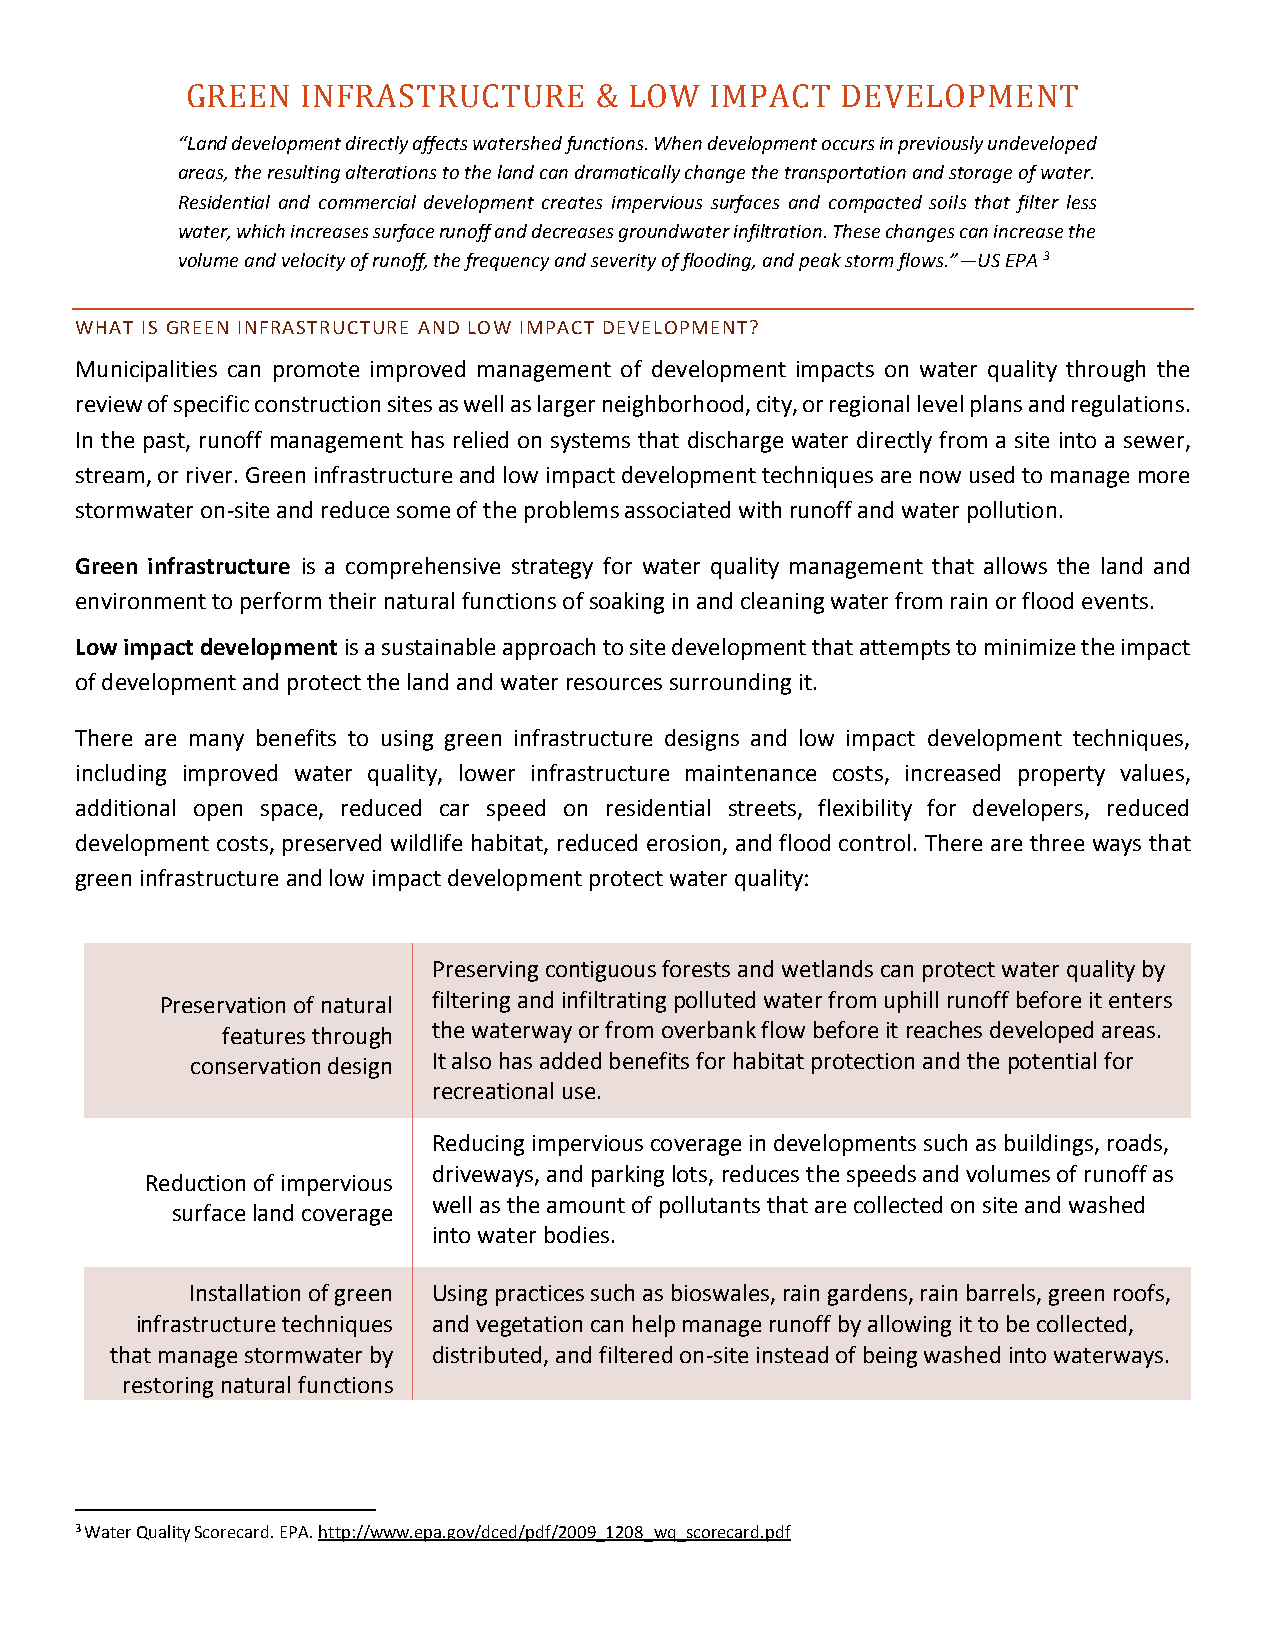
GREEN   INFRASTRUCTURE     &  LOW  IMPACT   DEVELOPMENT
 “Land development directly affects watershed functions. When development occurs in previously undeveloped
 areas, the resulting alterations to the land can dramatically change the transportation and storage of water.
 Residential and commercial development creates impervious surfaces and compacted soils that filter less
 water, which increases surface runoff and decreases groundwater infiltration. These changes can increase the
 volume and velocity of runoff, the frequency and severity of flooding, and peak storm flows.”—US EPA 3
 WHAT IS GREEN INFRASTRUCTURE AND LOW IMPACT DEVELOPMENT?
 Municipalities can promote improved management of development impacts on water quality through the
 review of specific construction sites as well as larger neighborhood, city, or regional level plans and regulations.
 In the past, runoff management has relied on systems that discharge water directly from a site into a sewer,
 stream, or river. Green infrastructure and low impact development techniques are now used to manage more
 stormwater on-site and reduce some of the problems associated with runoff and water pollution.
 Green infrastructure is a comprehensive strategy for water quality management that allows the land and
 environment to perform their natural functions of soaking in and cleaning water from rain or flood events.
 Low impact development is a sustainable approach to site development that attempts to minimize the impact
 of development and protect the land and water resources surrounding it.
 There are many benefits to using green infrastructure designs and low impact development techniques,
 including improved water quality, lower infrastructure maintenance costs, increased property values,
 additional open space, reduced car speed on residential streets, flexibility for developers, reduced
 development costs, preserved wildlife habitat, reduced erosion, and flood control. There are three ways that
 green infrastructure and low impact development protect water quality:
 Preserving contiguous forests and wetlands can protect water quality by
 Preservation of natural filtering and infiltrating polluted water from uphill runoff before it enters
 features through the waterway or from overbank flow before it reaches developed areas.
 conservation design It also has added benefits for habitat protection and the potential for
 recreational use.
 Reducing impervious coverage in developments such as buildings, roads,
 driveways, and parking lots, reduces the speeds and volumes of runoff as
 Reduction of impervious
 well as the amount of pollutants that are collected on site and washed
 surface land coverage
 into water bodies.
 Installation of green Using practices such as bioswales, rain gardens, rain barrels, green roofs,
 infrastructure techniques and vegetation can help manage runoff by allowing it to be collected,
 that manage stormwater by distributed, and filtered on-site instead of being washed into waterways.
 restoring natural functions
 3 Water Quality Scorecard. EPA. http://www.epa.gov/dced/pdf/2009_1208_wq_scorecard.pdf